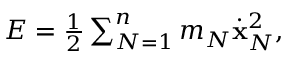
\begin{array} { r } { E = \frac 1 2 \sum _ { N = 1 } ^ { n } m _ { N } \dot { \bf x } _ { N } ^ { 2 } , } \end{array}